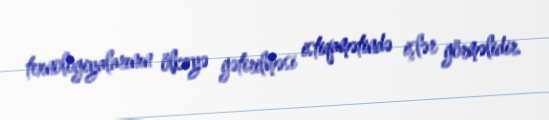
texnologiyalarının ölkəyə gətirilməsi istiqamətində işlər görməlidir.